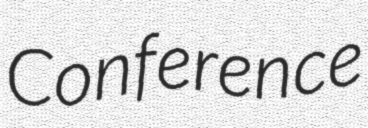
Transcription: Conference